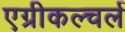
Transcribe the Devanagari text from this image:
एग्रीकल्चर्ल